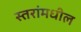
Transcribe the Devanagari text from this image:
स्तरांमधील